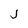
Character: j